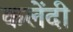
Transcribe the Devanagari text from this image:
कलेंदी